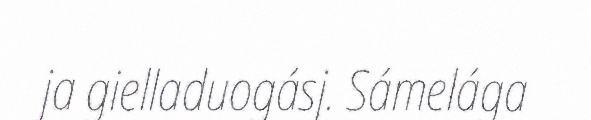
ja gielladuogásj. Sámelága